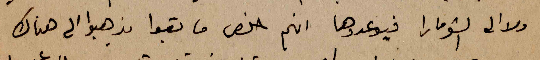
ولا الى الشومارا فيوعدوها انهم خلص ما بقوا يذهبوا الى هناك